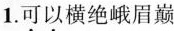
1.可以横绝峨眉巅